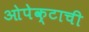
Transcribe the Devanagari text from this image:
ओपेक्टाची